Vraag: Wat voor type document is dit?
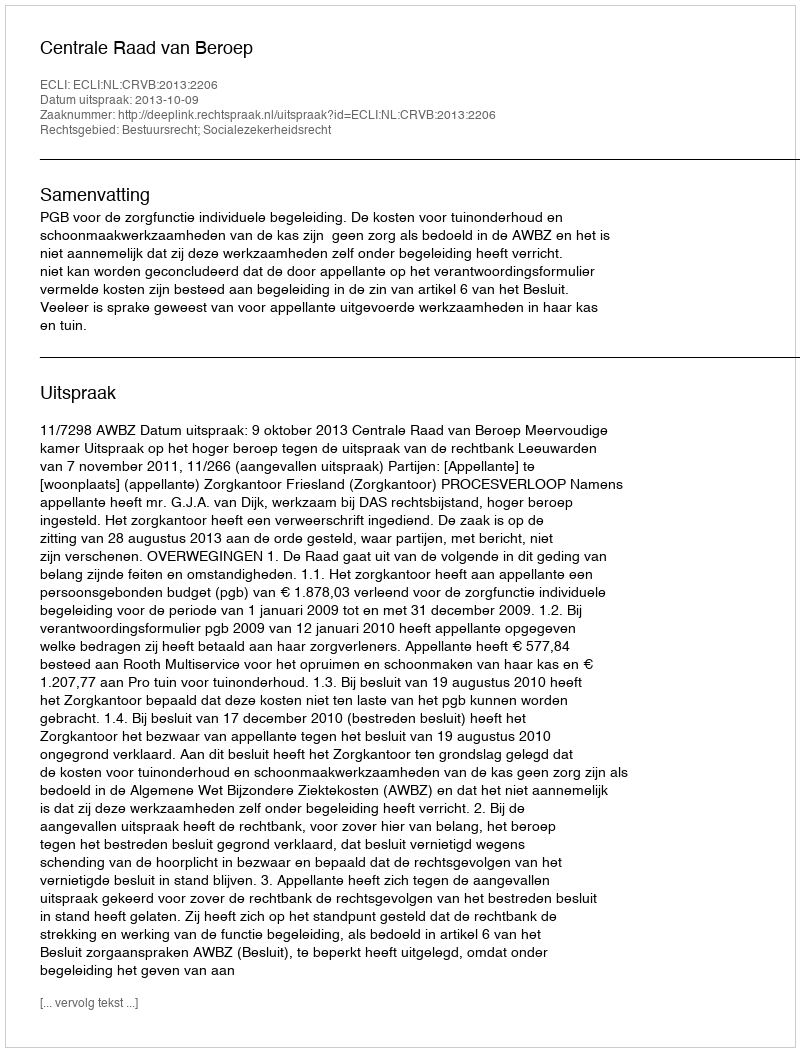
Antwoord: Uitspraak